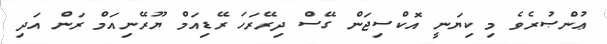
ޢުންޞުރެވެ މި ކިޔަނީ އޮކްސިޖަން ގޭސް ދިރޭރަހަ ރޭޑިއަމް ޔޫރޭނިއަމް ރަން އަދި